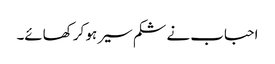
احباب نے شکم سیر ہو کر کھائے۔